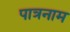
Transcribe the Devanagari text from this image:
पात्रनाम